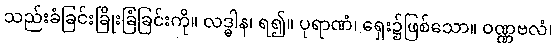
သည်းခံခြင်းခြိုးခြံခြင်းကို။ လဒ္ဓါန၊ ရ၍။ ပုရာဏံ၊ ရှေး၌ဖြစ်သော။ ဝဏ္ဏဗလံ၊